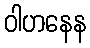
ဝါဟနေန